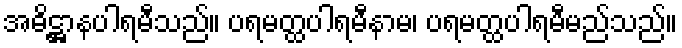
အဓိဋ္ဌာနပါရမီသည်။ ပရမတ္ထပါရမီနာမ၊ ပရမတ္ထပါရမီမည်သည်။